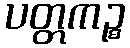
ပတ္တကဉ္စ